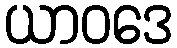
ယာဝဒေ